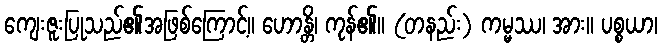
ကျေးဇူးပြုသည်၏အဖြစ်ကြောင့်။ ဟောန္တိ၊ ကုန်၏။ (တနည်း) ကမ္မဿ၊ အား။ ပစ္စယာ၊